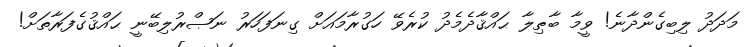
މަދަދު ލިބިގެންދާނެ! ވީމާ ބާޠިލާ ޙައްޤާދެމެދު ކުރެވޭ ހަގުރާމައަށް ގިނަފަހަރު ނަޞްރުލިބޭނީ ޙައްޤުގެފަރާތަށް!